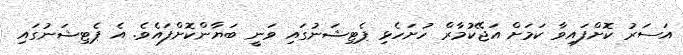
އަސަރު ކޮށްފައިވާ ކަމަށް އަޖޭކުމާރް ހުށަހެޅި ޕެޓިޝަނުގައި ވަނީ ބަޔާންކޮށްފައެވެ. އެ ޕެޓިޝަނުގައި